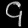
Digit: ၄